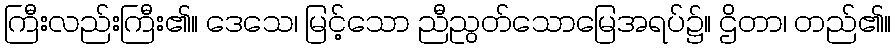
ကြီးလည်းကြီး၏။ ဒေသေ၊ မြင့်သော ညီညွတ်သောမြေအရပ်၌။ ဌိတာ၊ တည်၏။